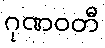
ဂုဏဝတီ